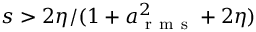
s > 2 \eta / ( 1 + a _ { \mathrm { ~ r ~ m ~ s ~ } } ^ { 2 } + 2 \eta )